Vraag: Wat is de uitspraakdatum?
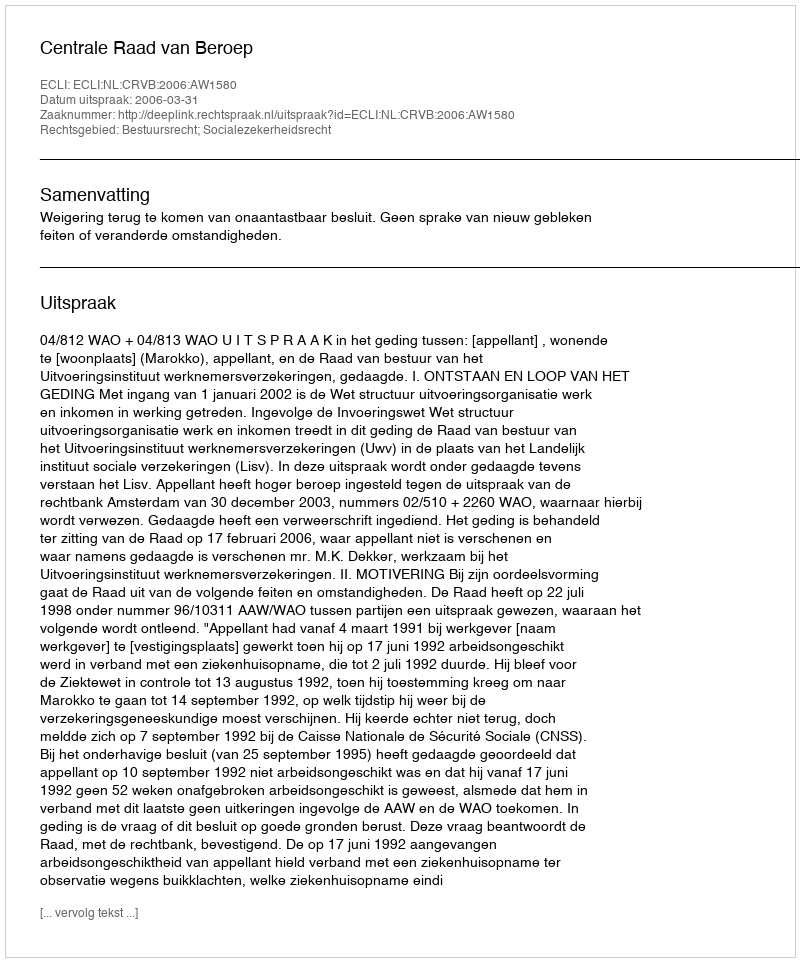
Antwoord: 2006-03-31